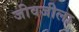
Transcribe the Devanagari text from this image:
जीवजीला